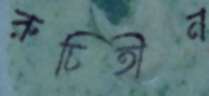
রুচিহীন